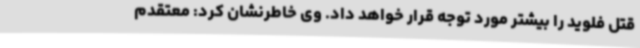
قتل فلوید را بیشتر مورد توجه قرار خواهد داد. وی خاطرنشان کرد: معتقدم